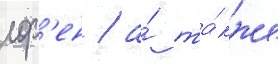
лор'ен / а́ та́кже